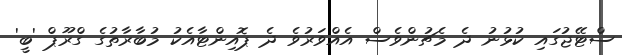
ސްޓޭޖުގައި ކުޅުނު ދެ މެޗުންވެސް އެއްވަރުވެ ދެ ޕޮއިންޓާއެކު މުބާރާތުގެ ގްރޫޕް 'ބީ'